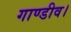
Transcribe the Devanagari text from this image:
गाण्डीव।